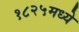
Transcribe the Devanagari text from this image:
१८२५मध्ये